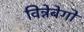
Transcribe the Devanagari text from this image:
विन्नेबेगो